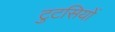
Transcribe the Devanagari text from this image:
टुटसियों